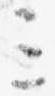
三